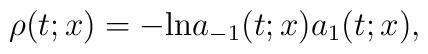
\rho(t;x)=-{\rm ln}a_{-1}(t;x)a_{1}(t;x),